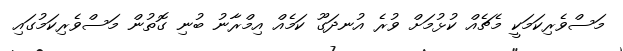
މަސްވެރިކަމަކީ މެޗެއް ކުޅުމަށް ވުރެ އުނދަގޫ ކަމެއް އިމްރާނު ބުނި ގޮތުން މަސްވެރިކަމުގައި